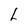
Character: L